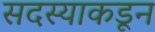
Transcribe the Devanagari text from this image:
सदस्याकडून